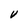
Character: V